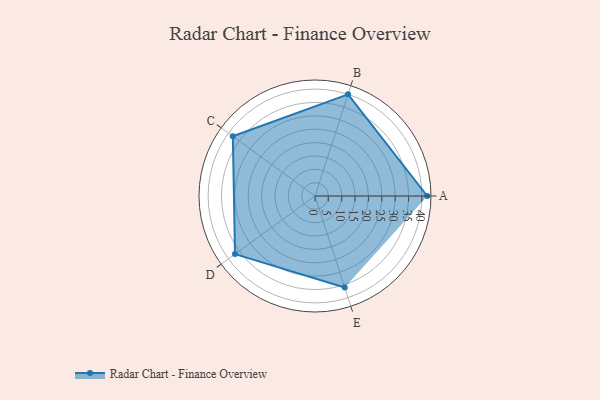
{"axis": {"x": "Skill", "y": "Score"}, "legend": ["Profile"], "data": [{"x": "A", "y": 42.0, "type": "Profile"}, {"x": "B", "y": 40.0, "type": "Profile"}, {"x": "C", "y": 38.0, "type": "Profile"}, {"x": "D", "y": 37.0, "type": "Profile"}, {"x": "E", "y": 36.0, "type": "Profile"}]}